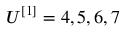
U ^ { [ 1 ] } = 4 , 5 , 6 , 7